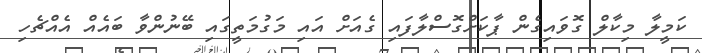
ކަމީލާ މިކާލް ގޮވައިގެން ޕާކަށްގޮސްލާފައި ގެއަށް އައި މަގުމަތީގައި ބޭނުންވާ ބައެއް އެއްޗެހި